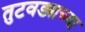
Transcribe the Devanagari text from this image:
तुटवड्याच्या